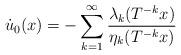
LaTeX: \begin{align*}\dot u_0(x)=-\sum_{k=1}\sp \infty\frac{\lambda_k(T\sp{-k}x)}{\eta_k(T\sp{-k}x)}\end{align*}